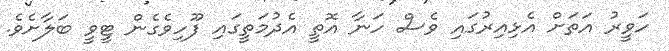
ހަވީރު އަތަށް އެޅިއިރުގައި ވެސް ހަނާ އޮތީ އެދުމަތީގައި ފޫހިވެގެން ޓީވީ ބަލާށެވެ.